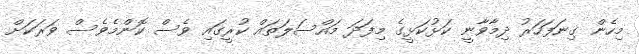
މިހެން ގިނަފަހަރު ދިމާވާނީ ކަޅުކަޅީގެ މިފަދަ މައްސަލަތައް ކުރީގައި ވެސް ކޮންމެވެސް ވަރަކަށް